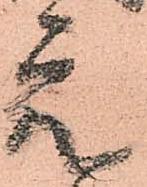
元